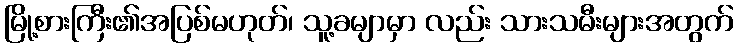
မြို့စားကြီး၏အပြစ်မဟုတ်၊ သူ့ခမျာမှာ လည်း သားသမီးများအတွက်